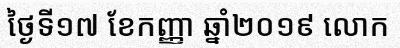
ថ្ងៃទី១៧ ខែកញ្ញា ឆ្នាំ២០១៩ លោក